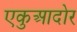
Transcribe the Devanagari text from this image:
एकुआदोर